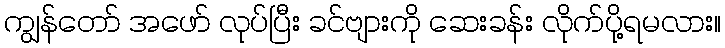
ကျွန်တော် အဖော် လုပ်ပြီး ခင်ဗျားကို ဆေးခန်း လိုက်ပို့ရမလား။